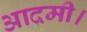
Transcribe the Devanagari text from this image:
आदमी।